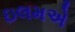
ઇલમએ